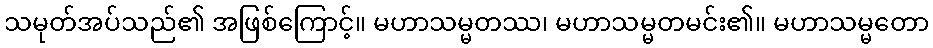
သမုတ်အပ်သည်၏ အဖြစ်ကြောင့်။ မဟာသမ္မတဿ၊ မဟာသမ္မတမင်း၏။ မဟာသမ္မတော